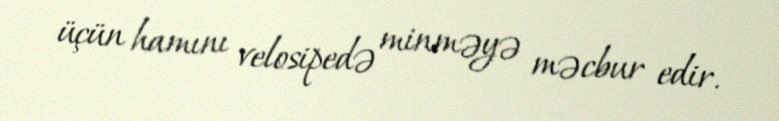
üçün hamını velosipedə minməyə məcbur edir.